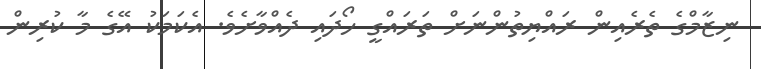
ނިޒާމްގެ ތެރެއިން ރައްޔިތުންނަށް ތަރައްގީ ހޯދައި ދެއްވާށެވެ. އެކަމަކު އޭގެ މާ ކުރިން